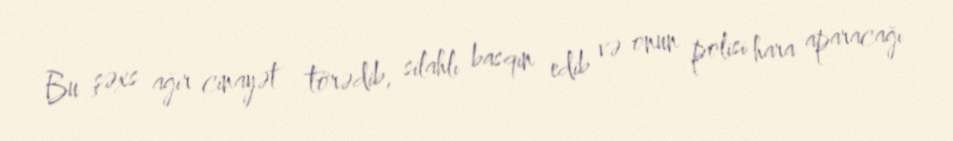
Bu şəxs ağır cinayət törədib, silahlı basqın edib və onun polisi hara aparacağı